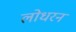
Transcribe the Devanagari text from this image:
लोधरन